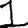
Digit: 1